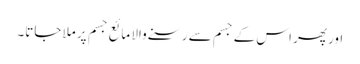
اور پھر اس کے جسم سے رسنے والا مائع جسم پر ملا جاتا۔